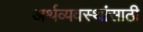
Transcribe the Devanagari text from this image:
अर्थव्यवस्थांसाठी